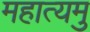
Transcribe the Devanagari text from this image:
महात्यमु